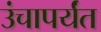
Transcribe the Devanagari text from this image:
उंचापर्यंत